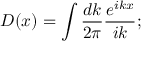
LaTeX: D ( x ) = \int \frac { d k } { 2 \pi } \frac { e ^ { i k x } } { i k } ;